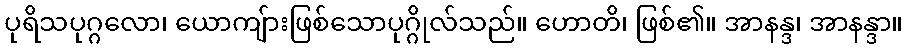
ပုရိသပုဂ္ဂလော၊ ယောကျ်ားဖြစ်သောပုဂ္ဂိုလ်သည်။ ဟောတိ၊ ဖြစ်၏။ အာနန္ဒ၊ အာနန္ဒာ။